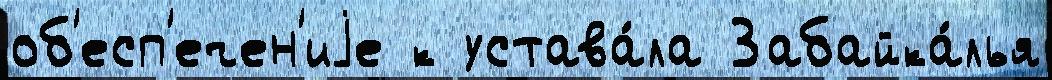
об'есп'ечен'иjе к устава́ла Забайка́лья